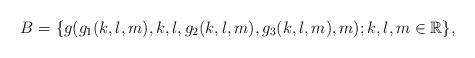
LaTeX: \begin{align*} B =\{g(g_1(k,l,m),k, l, g_2(k,l,m), g_3(k,l,m), m); k,l,m \in \mathbb R \}, \end{align*}